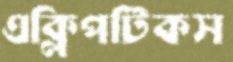
এক্লিপটিকস